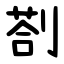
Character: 剳